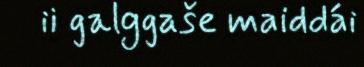
ii galggaše maiddái